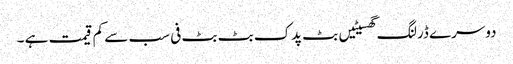
دوسرے ڈرلنگ گھسیٹیں بٹ پدک بٹ بٹ فی سب سے کم قیمت ہے ۔